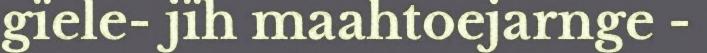
gïele- jïh maahtoejarnge -